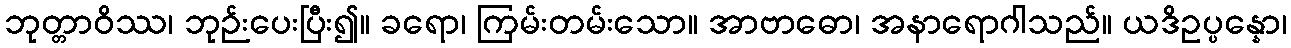
ဘုတ္တာဝိဿ၊ ဘုဉ်းပေးပြီး၍။ ခရော၊ ကြမ်းတမ်းသော။ အာဗာဓော၊ အနာရောဂါသည်။ ယဒိဥပ္ပန္နော၊